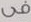
فى